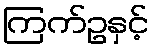
ကြက်ဥနှင့်